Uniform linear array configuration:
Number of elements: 64
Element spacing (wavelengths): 0.25
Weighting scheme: kaiser
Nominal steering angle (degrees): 45
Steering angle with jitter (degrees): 45.785
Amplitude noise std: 0.05
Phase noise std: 0.05

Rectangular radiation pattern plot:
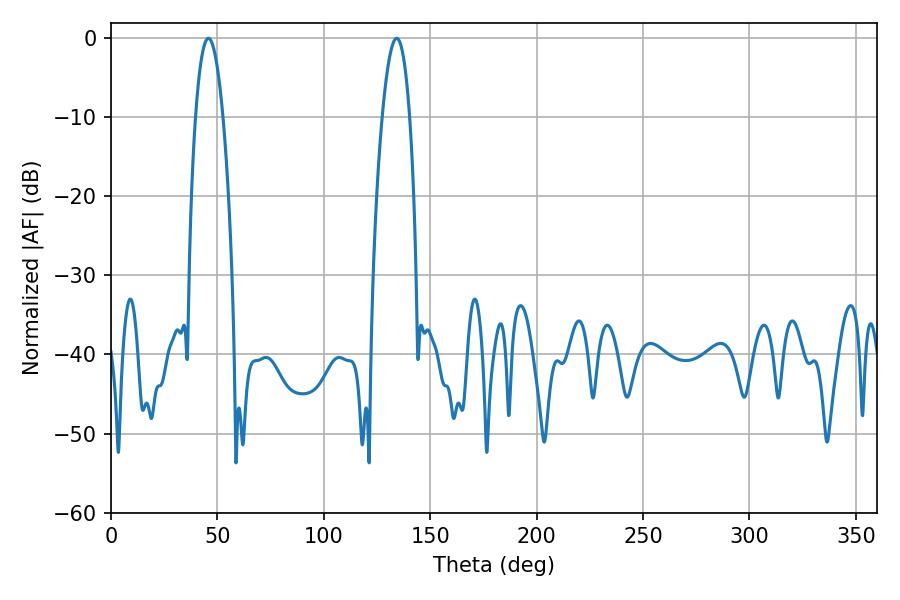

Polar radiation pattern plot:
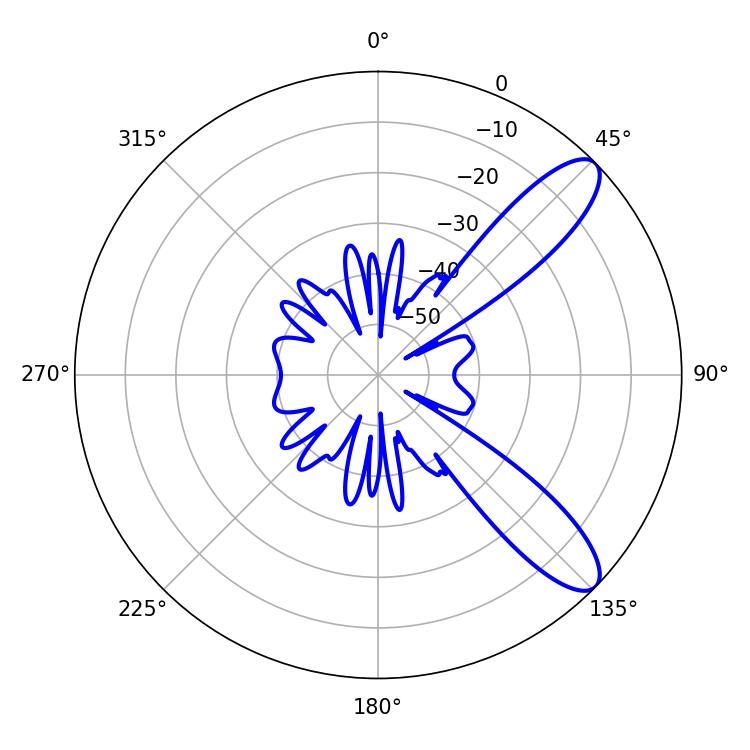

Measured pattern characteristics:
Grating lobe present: FALSE
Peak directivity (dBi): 10.182
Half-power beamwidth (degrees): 7.2
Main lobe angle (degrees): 45.72